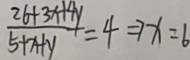
\frac { 2 6 + 3 x + 4 y } { 5 + x + y } = 4 \Rightarrow x = 6